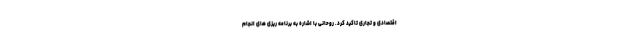
اقتصادی و تجاری تاکید کرد. روحانی با اشاره به برنامه ریزی های انجام